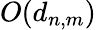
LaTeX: O(d_{n,m})